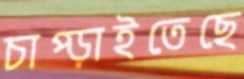
চাপ্‌ড়াইতেছে